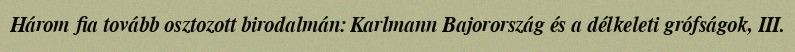
Három fia tovább osztozott birodalmán: Karlmann Bajorország és a délkeleti grófságok, III.